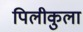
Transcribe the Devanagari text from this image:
पिलीकुला